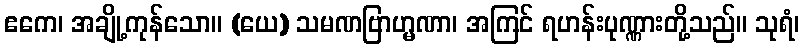
ဧကေ၊ အချို့ကုန်သော။ (ယေ) သမဏဗြာဟ္မဏာ၊ အကြင် ရဟန်းပုဏ္ဏားတို့သည်။ သုရံ၊